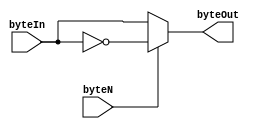
module byteNegator (byteIn, byteN, byteOut);

	input [7:0]	byteIn;
	input byteN;
	
	output [7:0] byteOut;
	
	reg [7:0] byteOut;
	
	
	always @ (byteIn or byteN)
	begin
	
		if (byteN)
		begin
			byteOut = ~ byteIn;
		end
		else
		begin
			byteOut = byteIn;
		end
	
	end

endmodule